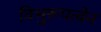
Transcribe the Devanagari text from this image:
विभुरूपत्वेन